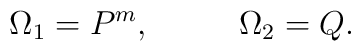
\Omega_1=P^m,~~~~~~~~\Omega_2=Q.